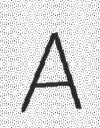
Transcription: A